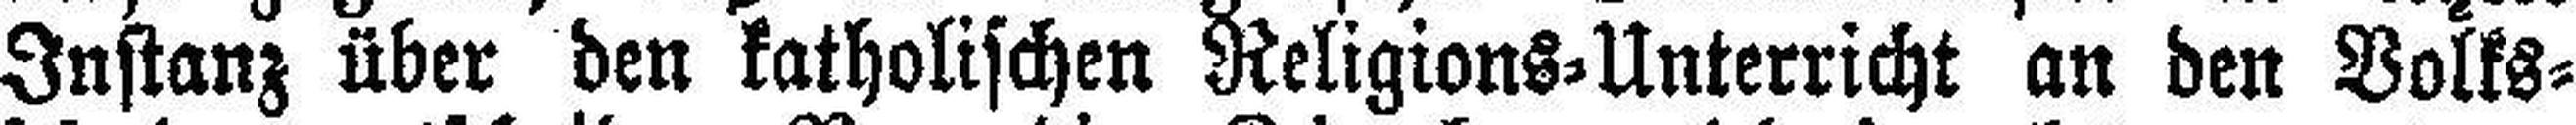
Instanz über den katholischen Religions=Unterricht an den Volks¬